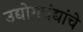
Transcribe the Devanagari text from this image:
उद्योगधंद्यांचे